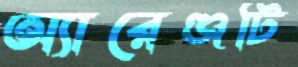
অ্যারেঞ্জটি